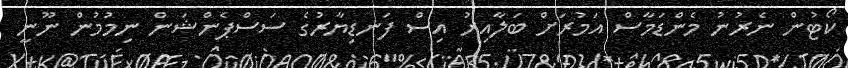
ކޯޓުން ނެރުނު މެންޑަމާސް އަމުރަށް ބަލާއިރު އިސް ފަނޑިޔާރުގެ ސަސްޕެންޝަން ނިމުމުން ނޫނީ